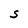
Character: S